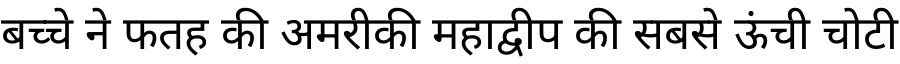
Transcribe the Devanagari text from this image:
बच्चे ने फतह की अमरीकी महाद्वीप की सबसे ऊंची चोटी